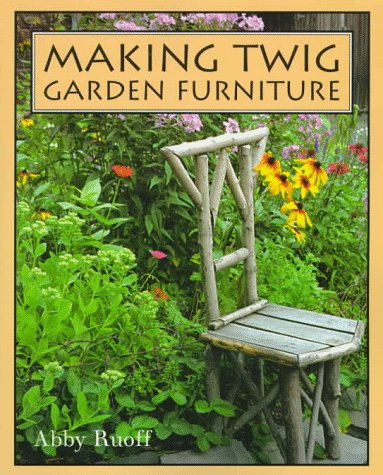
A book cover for Making Twig Garden Furniture; Abby Ruoff; Crafts, Hobbies & Home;